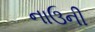
નાઉની